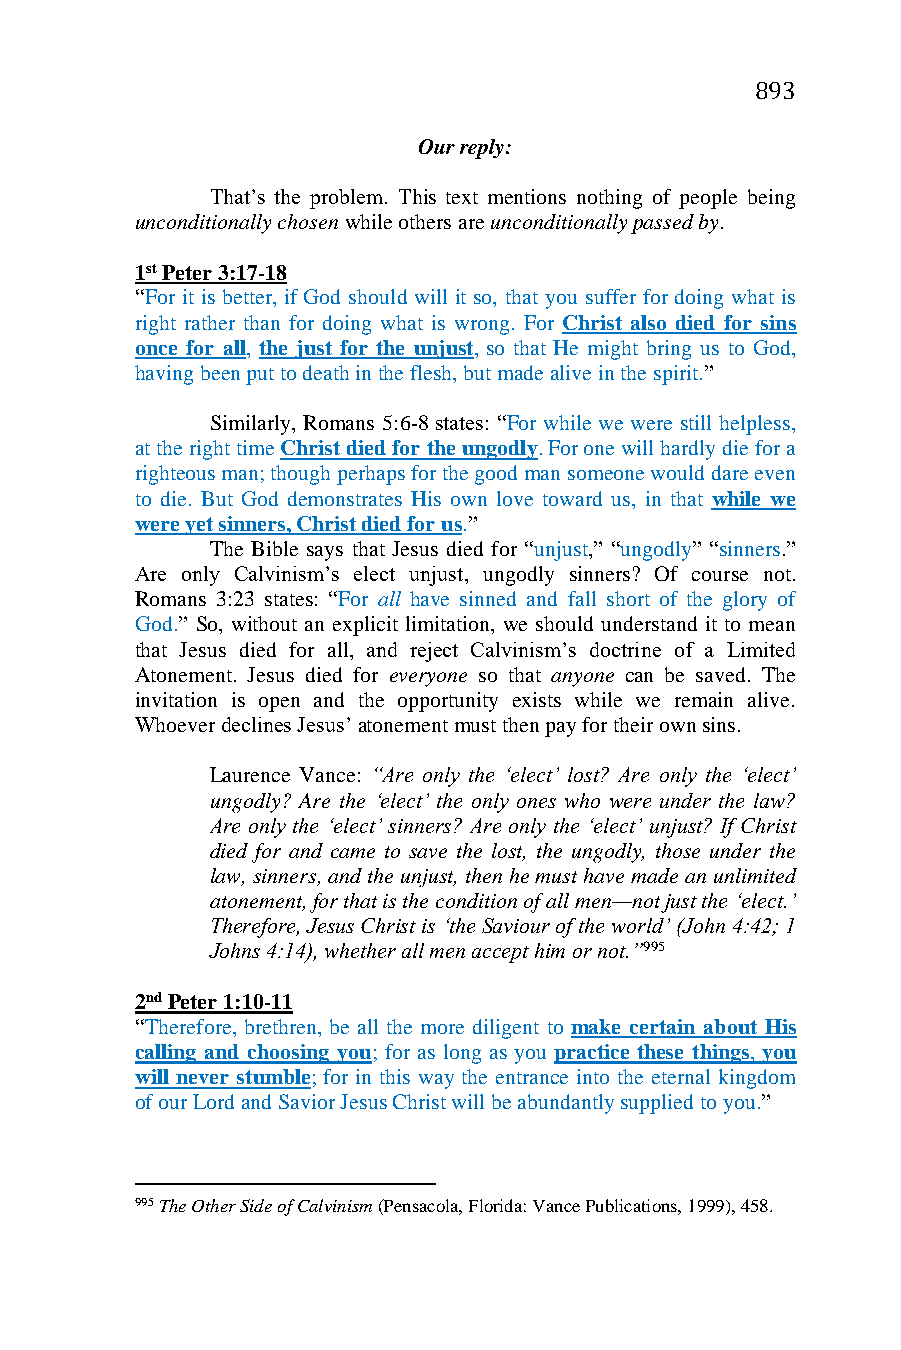
893
 Our reply:
 That’s the problem. This text mentions nothing of people being
 unconditionally chosen while others are unconditionally passed by.
 1st Peter 3:17-18
 “For it is better, if God should will it so, that you suffer for doing what is
 right rather than for doing what is wrong. For Christ also died for sins
 once for all, the just for the unjust, so that He might bring us to God,
 having been put to death in the flesh, but made alive in the spirit.”
 Similarly, Romans 5:6-8 states: “For while we were still helpless,
 at the right time Christ died for the ungodly. For one will hardly die for a
 righteous man; though perhaps for the good man someone would dare even
 to die. But God demonstrates His own love toward us, in that while we
 were yet sinners, Christ died for us.”
 The Bible says that Jesus died for “unjust,” “ungodly” “sinners.”
 Are only Calvinism’s elect unjust, ungodly sinners? Of course not.
 Romans 3:23 states: “For all have sinned and fall short of the glory of
 God.” So, without an explicit limitation, we should understand it to mean
 that Jesus died for all, and reject Calvinism’s doctrine of a Limited
 Atonement. Jesus died for everyone so that anyone can be saved. The
 invitation is open and the opportunity exists while we remain alive.
 Whoever declines Jesus’ atonement must then pay for their own sins.
 Laurence Vance: “Are only the ‘elect’ lost? Are only the ‘elect’
 ungodly? Are the ‘elect’ the only ones who were under the law?
 Are only the ‘elect’ sinners? Are only the ‘elect’ unjust? If Christ
 died for and came to save the lost, the ungodly, those under the
 law, sinners, and the unjust, then he must have made an unlimited
 atonement, for that is the condition of all men—not just the ‘elect.’
 Therefore, Jesus Christ is ‘the Saviour of the world’ (John 4:42; 1
 Johns 4:14), whether all men accept him or not.”995
 2nd Peter 1:10-11
 “Therefore, brethren, be all the more diligent to make certain about His
 calling and choosing you; for as long as you practice these things, you
 will never stumble; for in this way the entrance into the eternal kingdom
 of our Lord and Savior Jesus Christ will be abundantly supplied to you.”
 995 The Other Side of Calvinism (Pensacola, Florida: Vance Publications, 1999), 458.